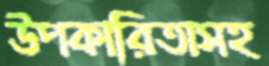
উপকারিতাসহ